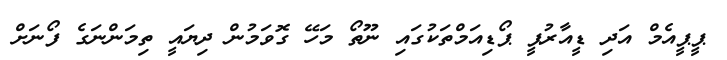
ޕީޕީއެމް އަދި ޑީއާރުޕީ ޕޯޑިއަމްތަކުގައި ނޫތޯ މަހޭ ގޮވަމުން ދިޔައީ ތިމަންނަގެ ފޯނަށް